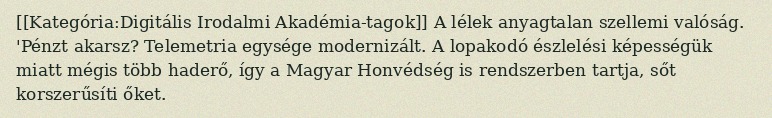
[[Kategória:Digitális Irodalmi Akadémia-tagok]] A lélek anyagtalan szellemi valóság. 'Pénzt akarsz? Telemetria egysége modernizált. A lopakodó észlelési képességük miatt mégis több haderő, így a Magyar Honvédség is rendszerben tartja, sőt korszerűsíti őket.